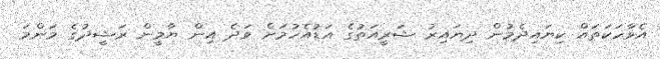
އެވާހަކަތައް ކިޔައިދެމުން ދިޔައިރު ޝަރީއަތުގެ އަޑުއެހުމަށް ވަދެ އިން ޔާމީން ރަޝީދުގެ މަންމަ